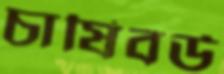
চাষিবউ